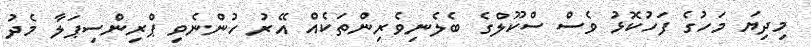
މިދިޔަ މަހުގެ ފަހުކޮޅު ވެސް ސްކޫލްގެ ބެލެނިވެރިންތަކެއް އޭރު ހުންނެވި ޕްރިންސިޕަލާ މެދު